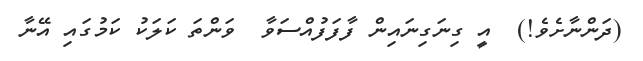
(ދަންނާށެވެ!)  އީ ގިނަގިނައިން ފާފަފުއްސަވާ  ވަންތަ ކަލަކު ކަމުގައި އޭނާ